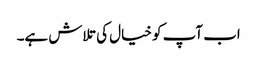
اب آپ کو خیال کی تلاش ہے۔